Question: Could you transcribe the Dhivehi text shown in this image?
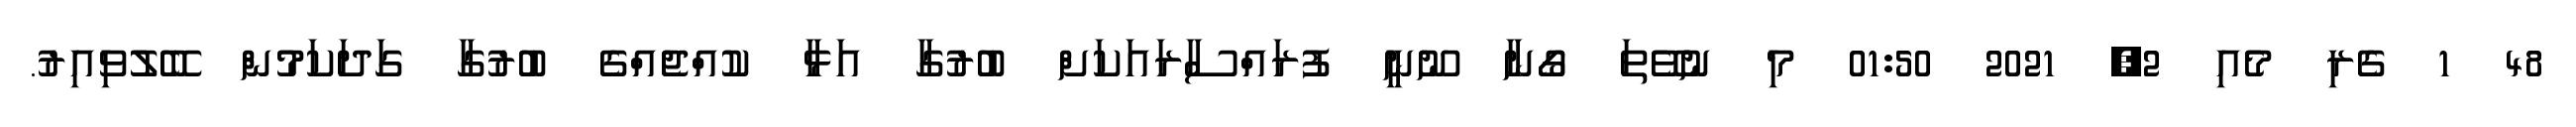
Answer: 48 1 ގެރި މެއި 2, 2021 01:50 މި ނުވޭތަ ގޯނާ ނޫނީ ފުރައްސާރައަކަށް ބުރުގާ އަޅާ ކުއްޖެއްގެ ބުރުގާ ގަދަކަމުން ބޭލުވިއިރު.